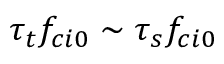
\tau _ { t } f _ { c i 0 } \sim \tau _ { s } f _ { c i 0 }